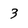
Character: 3